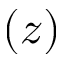
( z )